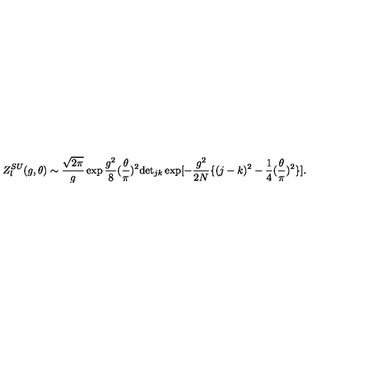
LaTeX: Z _ { l } ^ { S U } ( g , \theta ) \sim \frac { \sqrt { 2 \pi } } { g } \exp \frac { g ^ { 2 } } { 8 } ( \frac { \theta } { \pi } ) ^ { 2 } \mathrm { d e t } _ { j k } \exp [ - \frac { g ^ { 2 } } { 2 N } \{ ( j - k ) ^ { 2 } - \frac { 1 } { 4 } ( \frac { \theta } { \pi } ) ^ { 2 } \} ] .